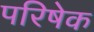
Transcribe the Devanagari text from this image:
परिषेक